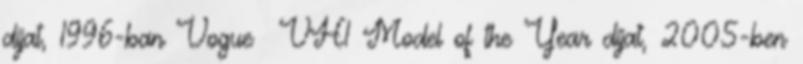
díjat, 1996-ban Vogue VH1 Model of the Year díjat, 2005-ben